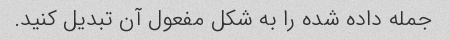
جمله داده شده را به شکل مفعول آن تبدیل کنید.